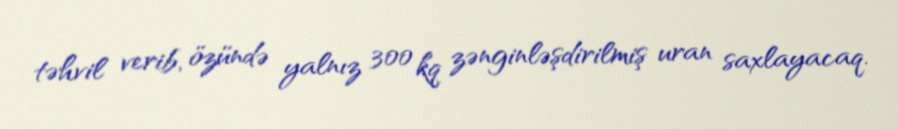
təhvil verib, özündə yalnız 300 kq zənginləşdirilmiş uran saxlayacaq.